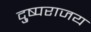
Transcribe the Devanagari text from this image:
दु्ष्पराजय